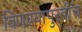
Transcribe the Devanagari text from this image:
विणण्यापुरतीच